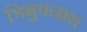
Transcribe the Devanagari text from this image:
त्रिभुवनाथ